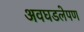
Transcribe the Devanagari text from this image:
अवघडलेपण